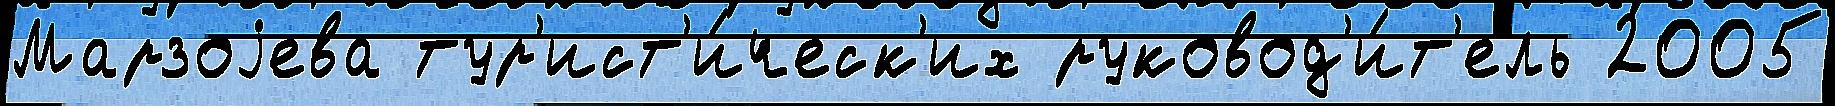
Марзоjева тур'ист'и́ческ'их руковод'и́т'ель 2005